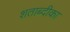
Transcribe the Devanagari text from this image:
शताब्दीका